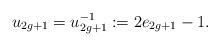
LaTeX: \begin{align*}u_{2g+1}=u_{2g+1}^{-1}:=2e_{2g+1}-1. \end{align*}